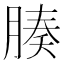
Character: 腠